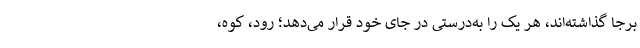
برجا گذاشته‌اند، هر یک را به‌درستی در جای خود قرار می‌دهد؛ رود، کوه،